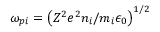
\omega _ { p i } = \left( Z ^ { 2 } e ^ { 2 } n _ { i } / m _ { i } \epsilon _ { 0 } \right) ^ { 1 / 2 }